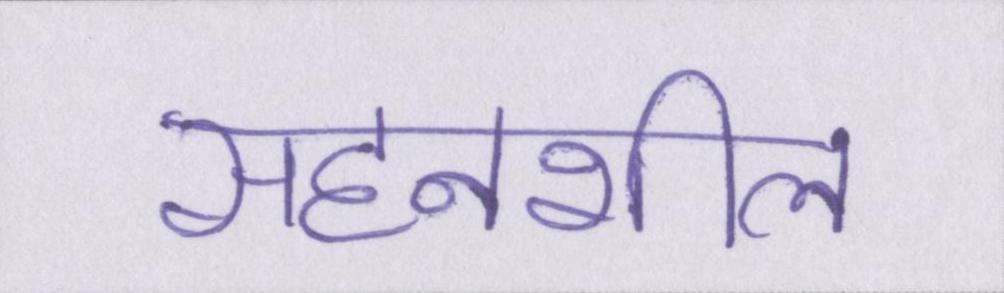
सहनशील